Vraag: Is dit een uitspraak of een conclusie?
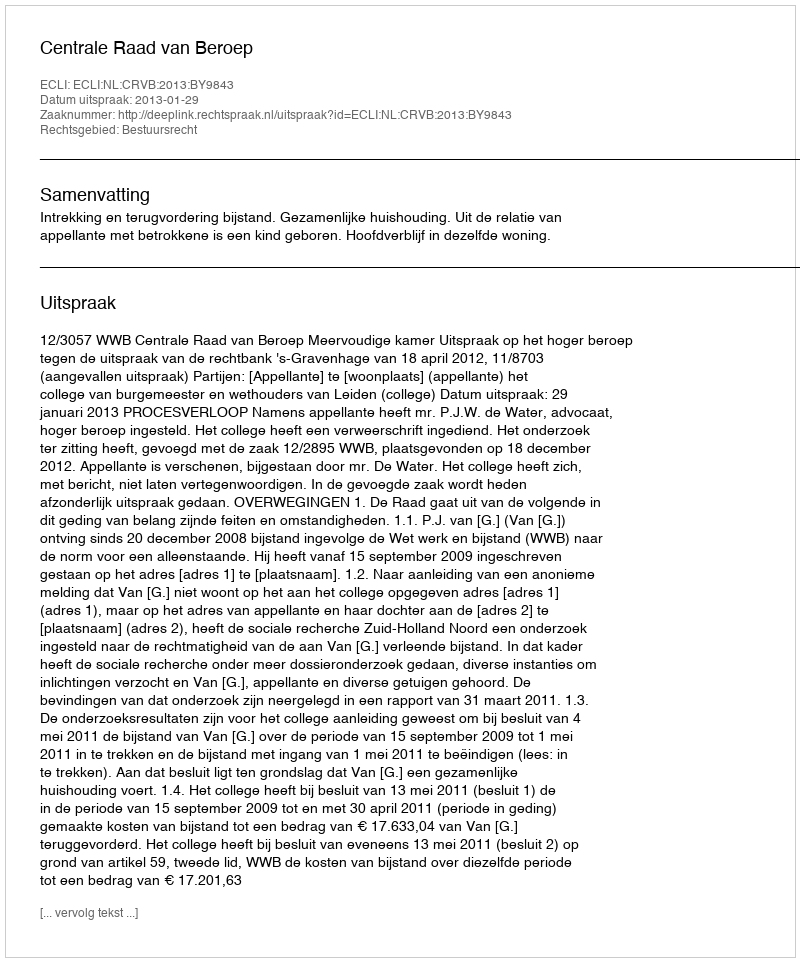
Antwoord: Uitspraak